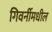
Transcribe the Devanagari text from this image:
गिवर्नीमधील